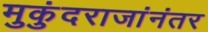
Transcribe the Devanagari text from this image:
मुकुंदराजांनंतर